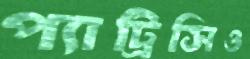
প্যাট্রিসিও